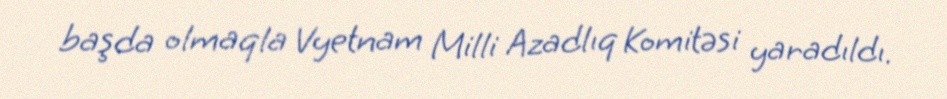
başda olmaqla Vyetnam Milli Azadlıq Komitəsi yaradıldı.